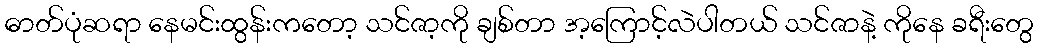
ဓာတ်ပုံဆရာ နေမင်းထွန်းကတော့ သင်ဇာ့ကို ချစ်တာ အ့ကြောင့်လဲပါတယ် သင်ဇာနဲ့ ကိုနေ ခရီးတွေ